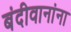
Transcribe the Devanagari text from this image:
बंदीवानांना